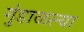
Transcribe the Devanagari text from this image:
गुंडाळल्या